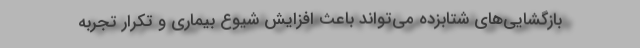
بازگشایی‌های شتابزده می‌تواند باعث افزایش شیوع بیماری و تکرار تجربه